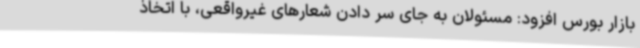
بازار بورس افزود: مسئولان به جای سر دادن شعارهای غیرواقعی، با اتخاذ